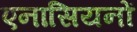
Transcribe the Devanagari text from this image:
एनासियनों